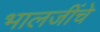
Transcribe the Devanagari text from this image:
भालजींचे